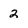
Character: 2